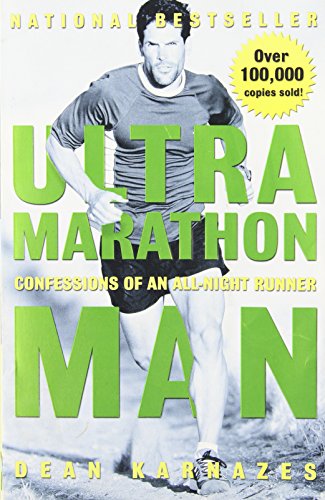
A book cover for Ultramarathon Man: Confessions of an All-Night Runner; Dean Karnazes; Health, Fitness & Dieting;